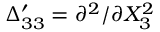
\Delta _ { 3 3 } ^ { \prime } = \partial ^ { 2 } / \partial X _ { 3 } ^ { 2 }